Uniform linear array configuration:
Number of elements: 8
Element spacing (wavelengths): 0.25
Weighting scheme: cosine
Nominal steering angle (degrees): -60
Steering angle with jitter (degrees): -61.092
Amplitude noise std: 0.05
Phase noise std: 0.05

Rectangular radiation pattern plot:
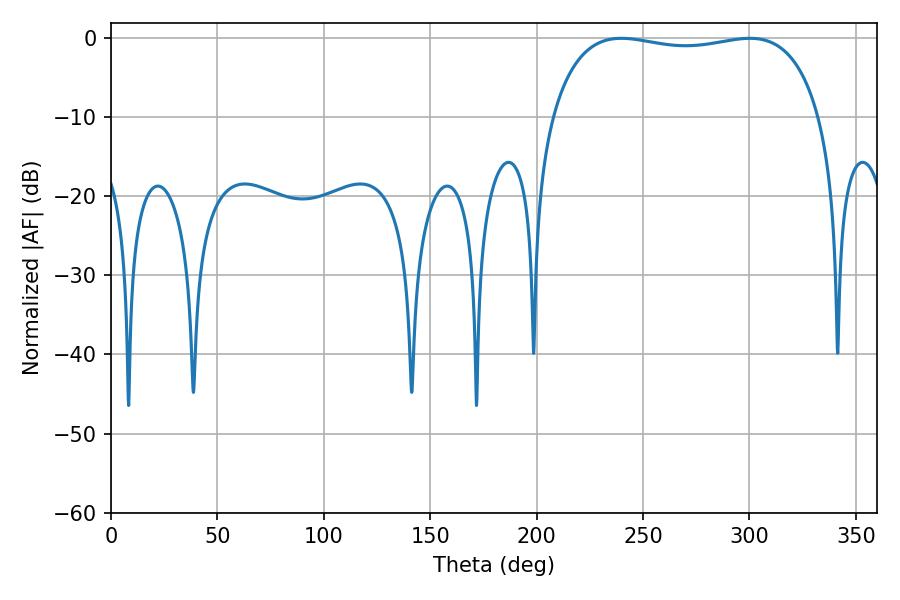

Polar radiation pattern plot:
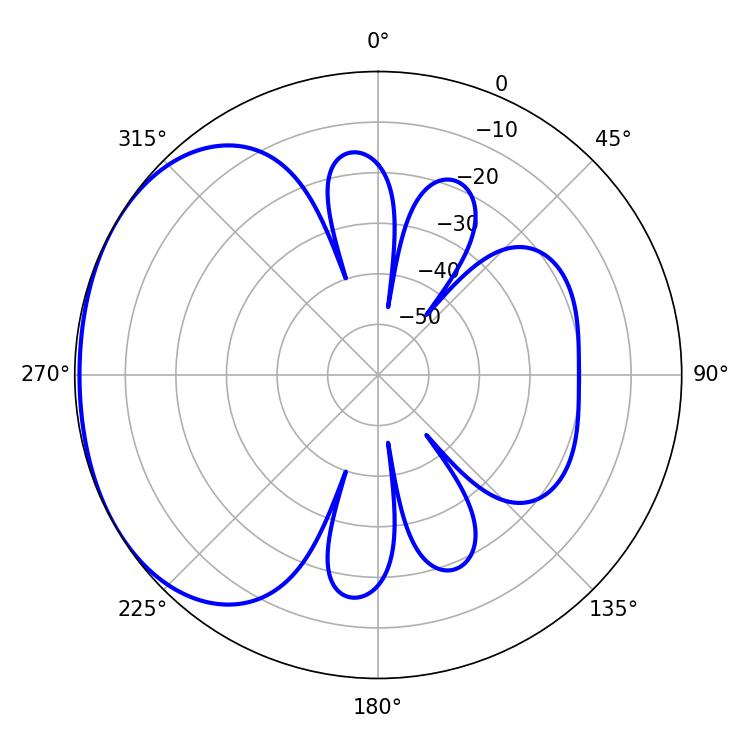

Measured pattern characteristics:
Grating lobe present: FALSE
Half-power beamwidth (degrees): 101.88
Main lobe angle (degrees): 239.76